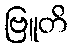
ဗြူတိ